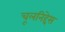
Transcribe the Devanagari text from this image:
चूलनिद्देस